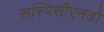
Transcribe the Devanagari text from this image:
सस्पिसीएनडो